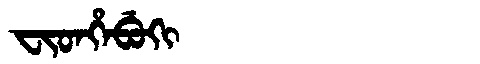
Manchu: ᠸᡳᡨᡥᡝᠪᡠᡴᡳ
Romanization: FITHEBUKI